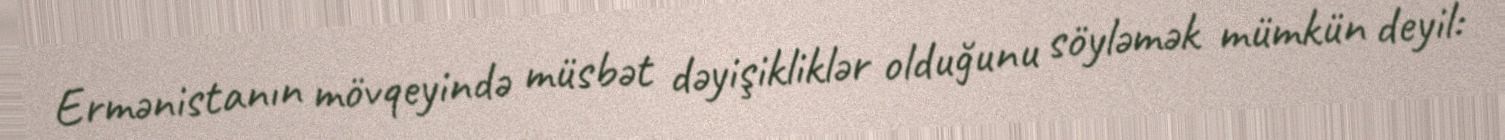
Ermənistanın mövqeyində müsbət dəyişikliklər olduğunu söyləmək mümkün deyil: